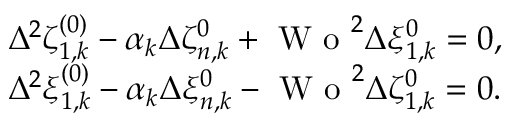
\begin{array} { r l } & { \Delta ^ { 2 } \zeta _ { 1 , k } ^ { ( 0 ) } - \alpha _ { k } \Delta \zeta _ { n , k } ^ { 0 } + \textrm { W o } ^ { 2 } \Delta \xi _ { 1 , k } ^ { 0 } = 0 , } \\ & { \Delta ^ { 2 } \xi _ { 1 , k } ^ { ( 0 ) } - \alpha _ { k } \Delta \xi _ { n , k } ^ { 0 } - \textrm { W o } ^ { 2 } \Delta \zeta _ { 1 , k } ^ { 0 } = 0 . } \end{array}